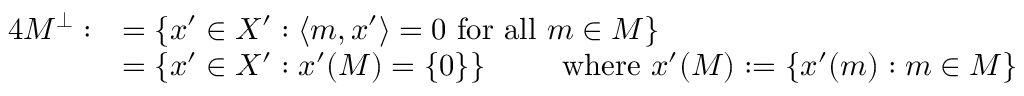
{ \begin{array} { r l } { { 4 } M ^ { \bot } : } & { = \left\{ x ^ { \prime } \in X ^ { \prime } : \left\langle m , x ^ { \prime } \right\rangle = 0 { \mathrm { ~ f o r ~ a l l ~ } } m \in M \right\} } \\ & { = \left\{ x ^ { \prime } \in X ^ { \prime } : x ^ { \prime } ( M ) = \{ 0 \} \right\} \qquad { \mathrm { ~ w h e r e ~ } } x ^ { \prime } ( M ) : = \left\{ x ^ { \prime } ( m ) : m \in M \right\} } \end{array} }